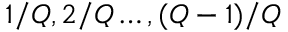
1 / Q , 2 / Q \dots , ( Q - 1 ) / Q